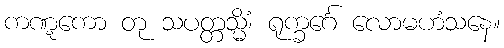
ကဏ္ဋကော တု သပတ္တသ္မိံ၊ ရုက္ခင်္ဂေ လောမဟံသနေ။